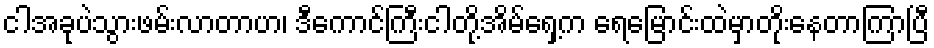
ငါအခုပဲသွားဖမ်းလာတာဟ၊ ဒီကောင်ကြီးငါတို့အိမ်ရှေ့က ရေမြောင်းထဲမှာတိုးနေတာကြာပြီ